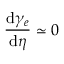
\frac { \mathrm { d } { { \gamma } _ { e } } } { \mathrm { d } \eta } \simeq 0